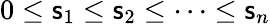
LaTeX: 0\leq\mathsf{s}_{1}\leq\mathsf{s}_{2}\leq\cdots\leq\mathsf{s}_{n}